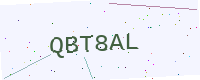
Text: QBT8AL